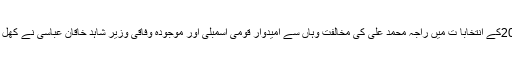
2013کے انتخابا ت میں راجہ محمد علی کی مخالفت وہاں سے امیدوار قومی اسمبلی اور موجودہ وفاقی وزیر شاہد خاقان عباسی نے کھل کی ۔